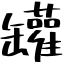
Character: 罐